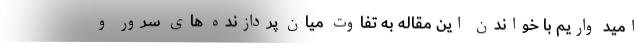
امید واریم با خواندن این مقاله به تفاوت میان پردازنده های سرور و